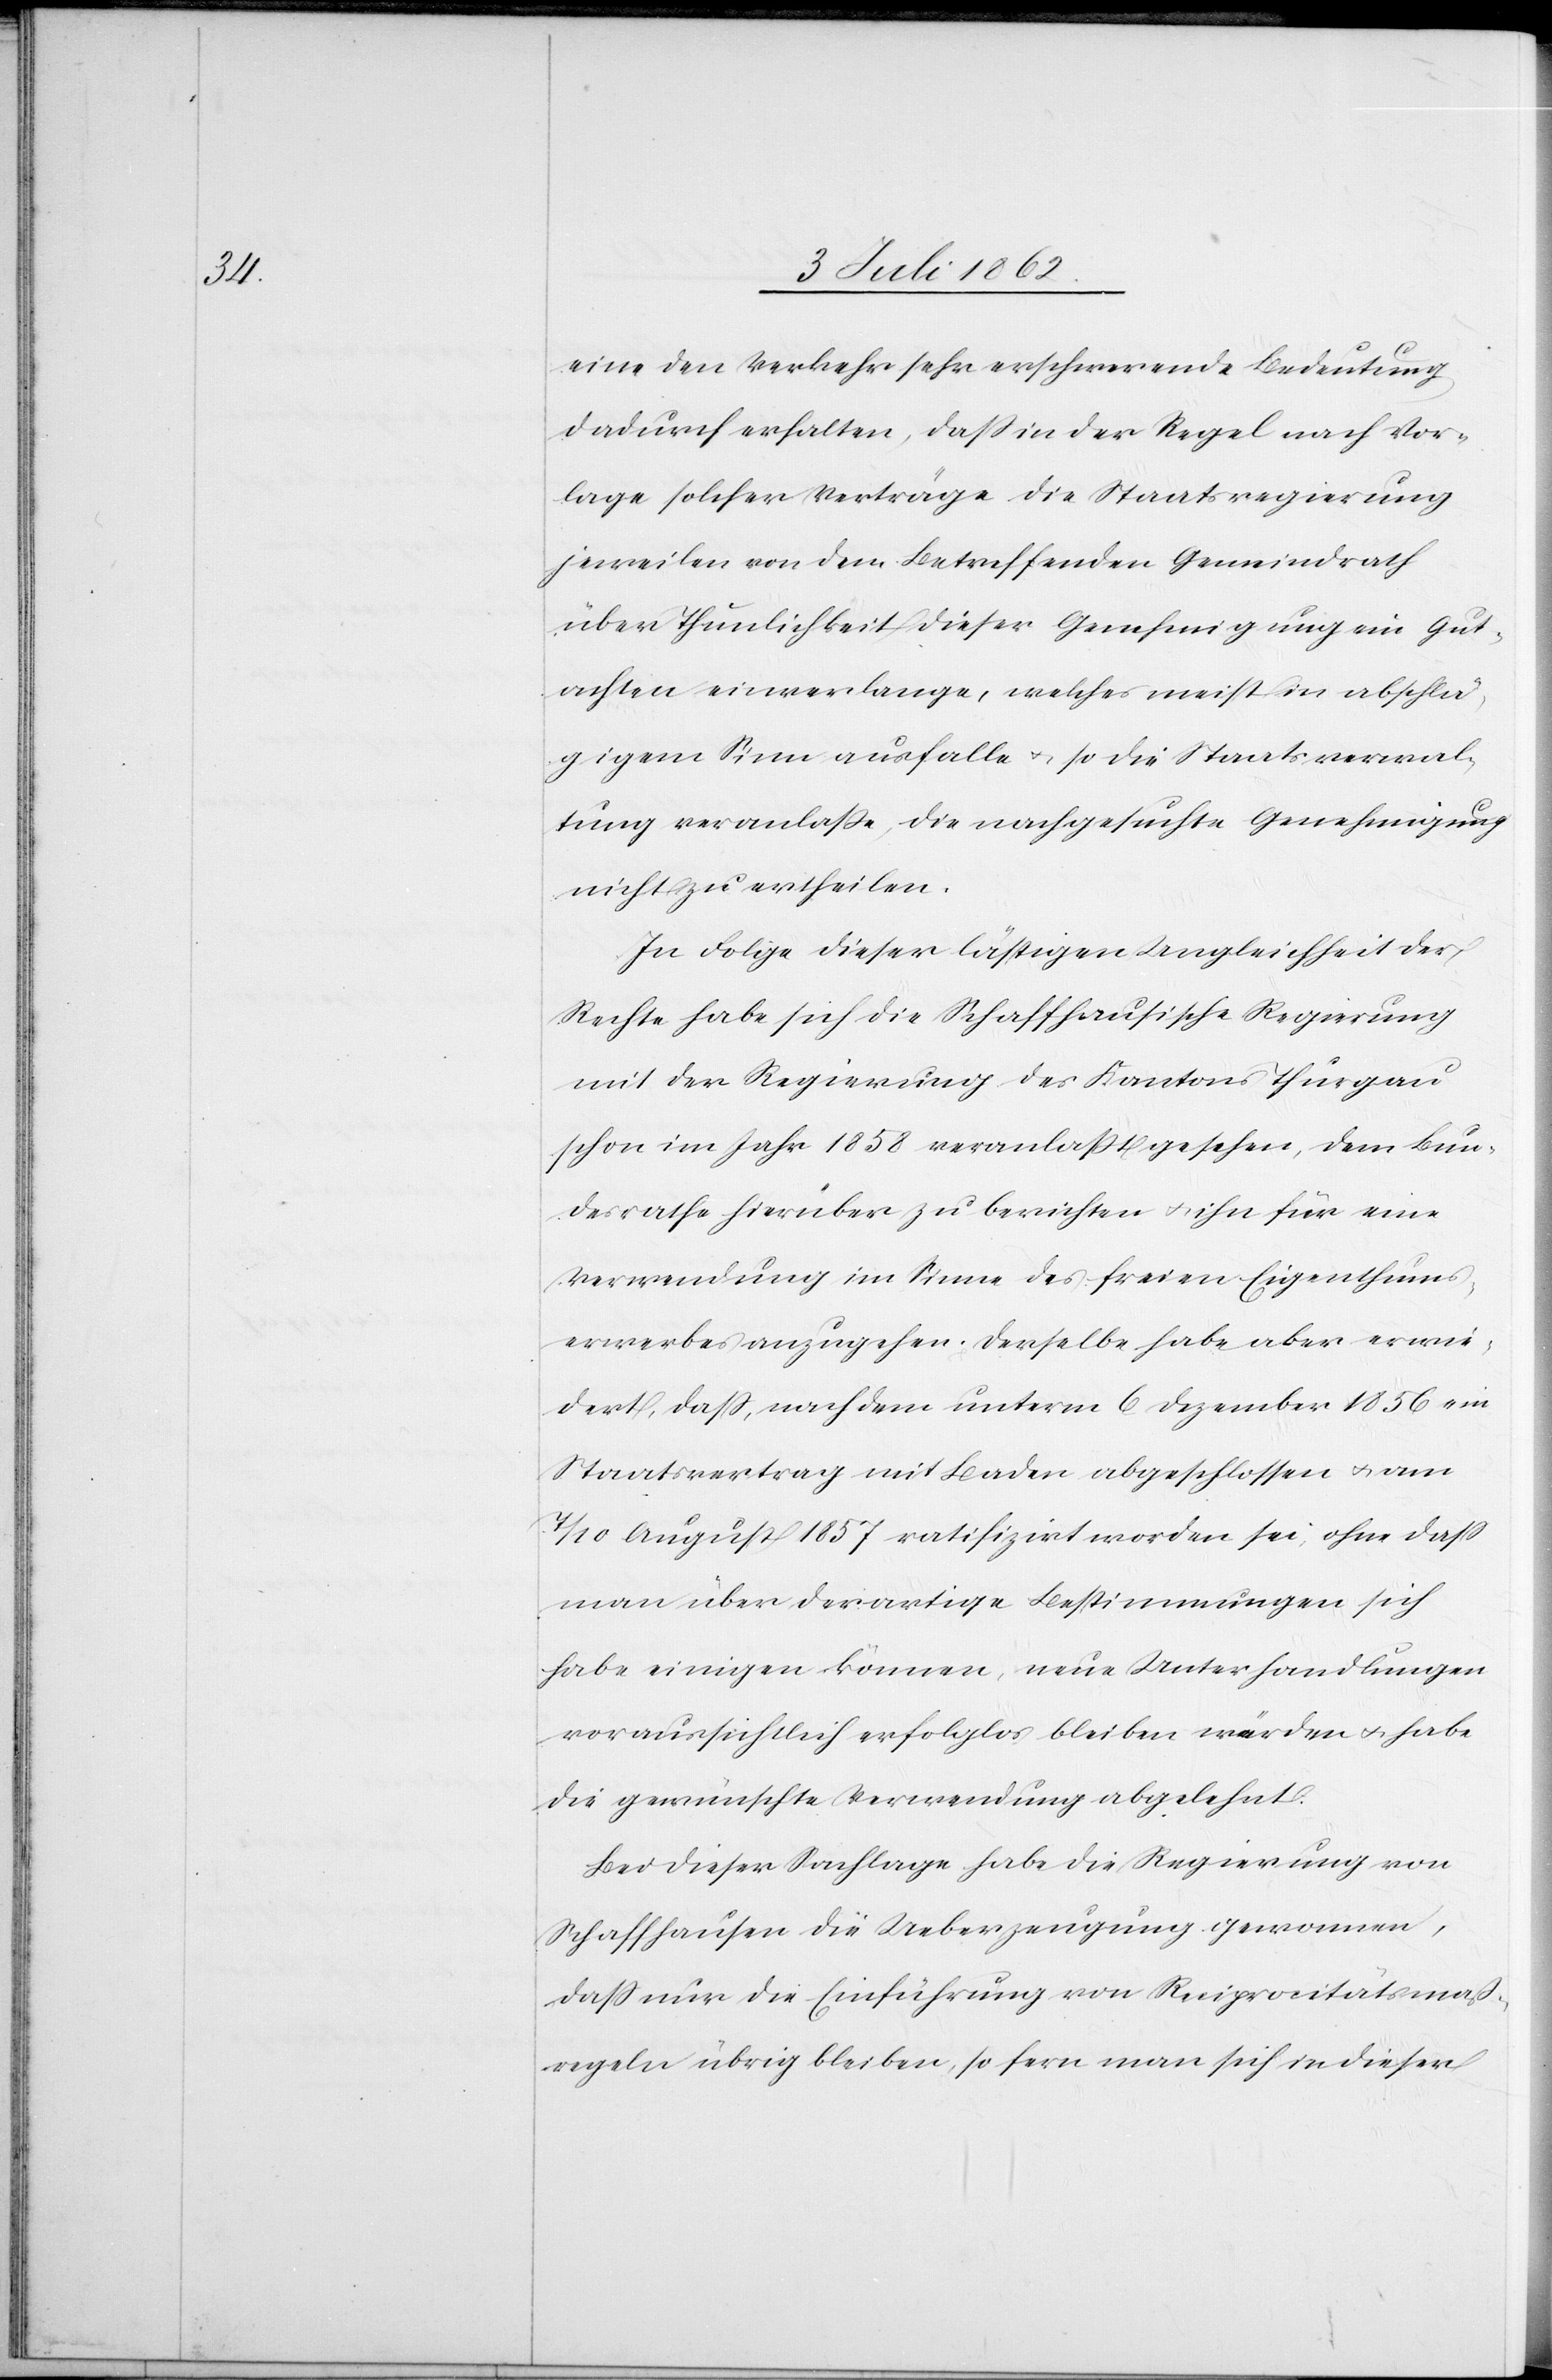
eine den Verkehr sehr erschwerende Bedeutung
dadurch erhalten, daß in der Regel nach Vor¬
lage solcher Verträge die Staatsregierung
jeweilen von dem Betreffenden Gemeindsrath
über Thunlichkeit dieser Genehmigung ein Gut¬
achten einverlange, welches meist in abschlä¬
gigem Sinn ausfalle u. so die Staatsverwal¬
tung veranlaße, die nachgesuchte Genehmigung
nicht zu ertheilen.
In Folge dieser lästigen Ungleichheit der
Rechte habe sich die Schaffhausische Regierung
mit der Regierung des Kantons Thurgau
schon im Jahr 1858 veranlaßt gesehen, dem Bun¬
desrathe hierüber zu berichten u. ihn für eine
Verwendung im Sinne des freien Eigenthums¬
erwerbes anzugehen. Derselbe habe aber erwie¬
dert, daß nachdem unterm 6. Dezember 1856 ein
Staatsvertrag mit Baden abgeschlossen u. am
7/10 August 1857 ratifizirt worden sei, ohne daß
man über derartige Bestimmungen sich
habe einigen können, neue Unterhandlungen
voraussichtlich erfolglos bleiben würden u. habe
die gewünschte Verwendung abgelehnt.
Bei dieser Sachlage habe die Regierung von
Schaffhausen die Ueberzeugung gewonnen,
daß nur die Einführung von Reciprocitätsmaß¬
regeln übrig bleiben, so fern man sich in dieser